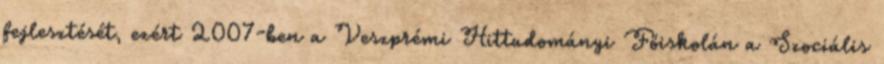
fejlesztését, ezért 2007-ben a Veszprémi Hittudományi Főiskolán a Szociális